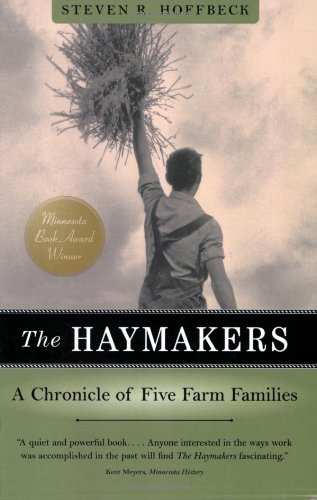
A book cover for Haymakers: A Chronicle Of Five Farm Families (Minnesota); Steven R. Hoffbeck; Biographies & Memoirs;